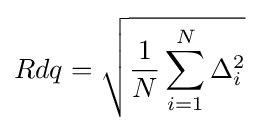
Rdq={\sqrt {{\frac {1}{N}}\sum _{i=1}^{N}\Delta _{i}^{2}}}